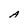
Character: A